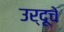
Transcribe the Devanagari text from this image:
उर्दूचे